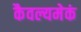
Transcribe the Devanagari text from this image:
कैवल्यमेकं